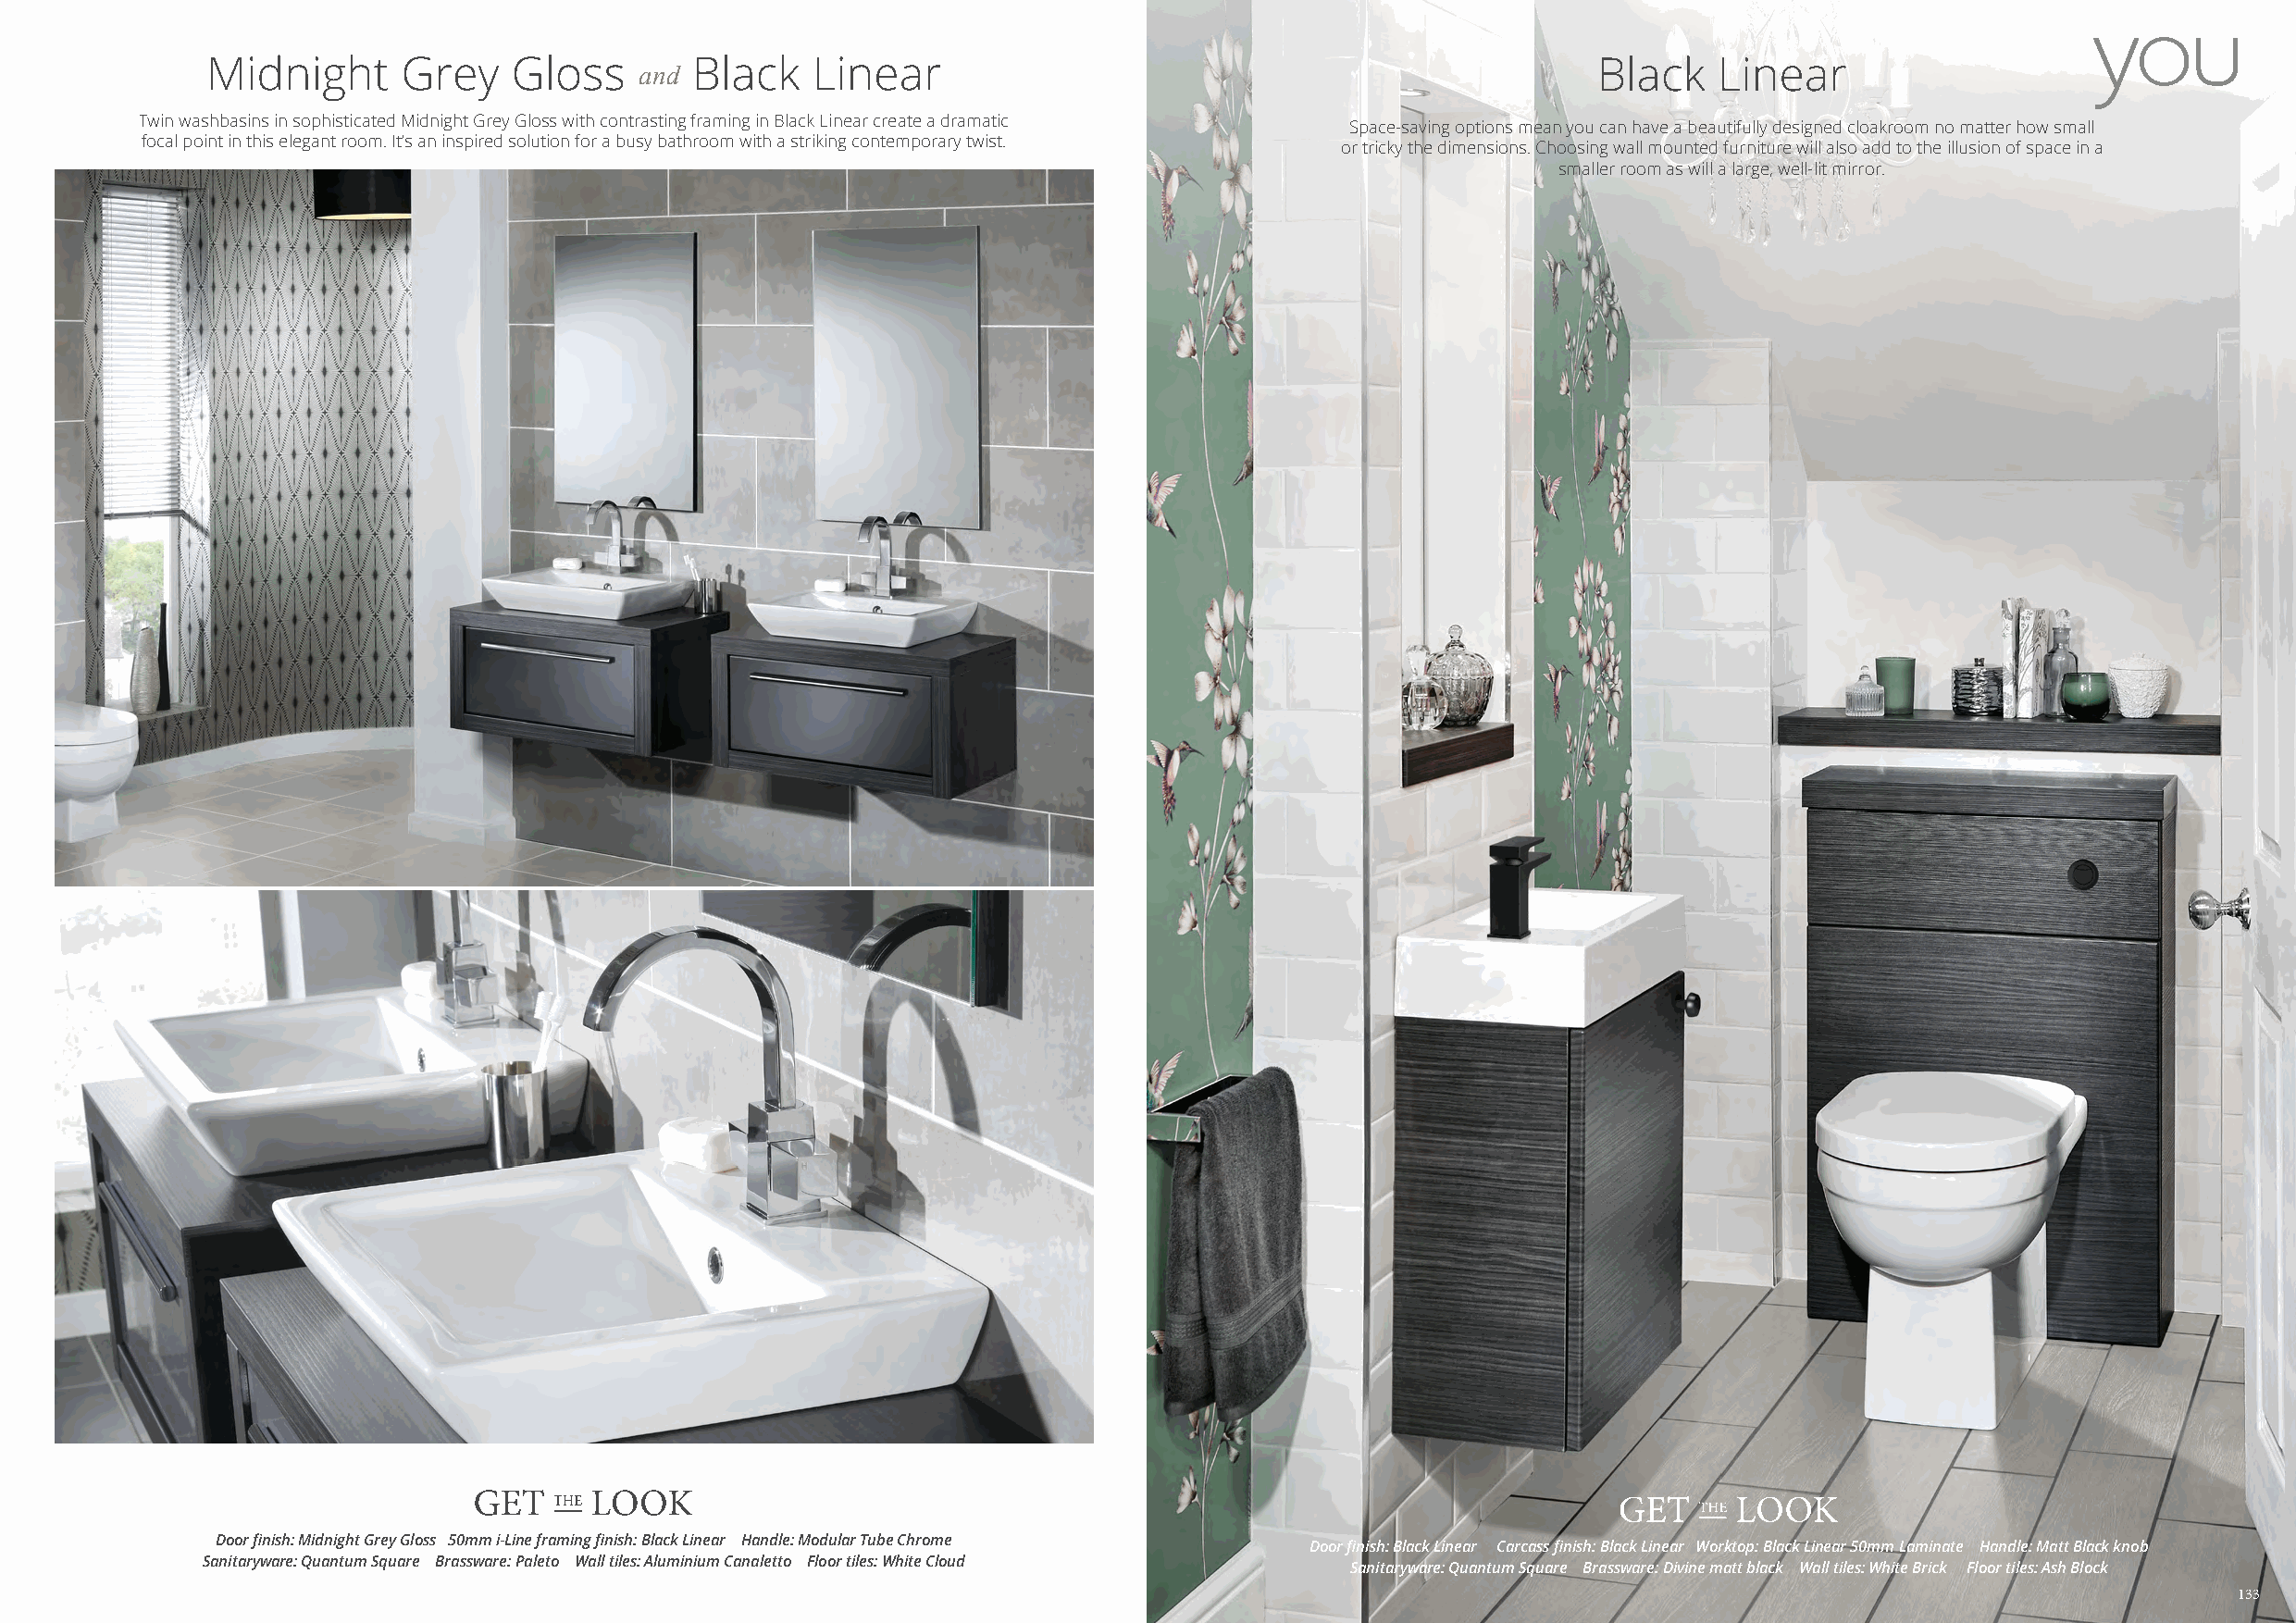
Midnight      Grey    Gloss       Black    Linear                                                  Black    Linear
 and
 Twin washbasins in sophisticated Midnight Grey Gloss with contrasting framing in Black Linear create a dramatic
 Space-saving options mean you can have a beautifully designed cloakroom no matter how small
 focal point in this elegant room. It’s an inspired solution for a busy bathroom with a striking contemporary twist.
 or tricky the dimensions. Choosing wall mounted furniture will also add to the illusion of space in a
 smaller room as will a large, well-lit mirror.
 Door finish: Midnight Grey Gloss 50mm i-Line framing finish: Black Linear Handle: Modular Tube Chrome
 Door finish: Black Linear Carcass finish: Black Linear Worktop: Black Linear 50mm Laminate Handle: Matt Black knob
 Sanitaryware: Quantum Square Brassware: Paleto Wall tiles: Aluminium Canaletto Floor tiles: White Cloud
 Sanitaryware: Quantum Square Brassware: Divine matt black Wall tiles: White Brick Floor tiles: Ash Block
 113333